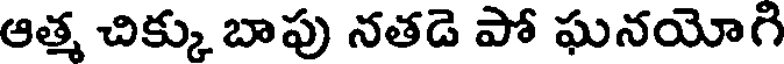
ఆత్మ చిక్కు బాపు నతడె పో ఘనయోగి